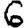
Digit: 6